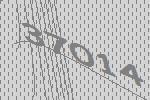
37014